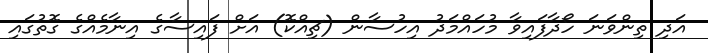
އަދި ތިންވަނަ ހޯދާފައިވާ މުހައްމަދު އިހުސާން (ޗިއްކޮ) އަށް ފައިސާގެ އިނާމެއްގެ ގޮތުގައި